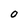
Character: O